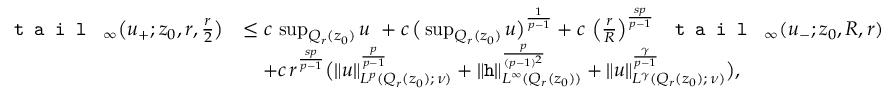
\begin{array} { r l } { \textup { \texttt { t a i l } } _ { \infty } \big ( u _ { + } ; z _ { 0 } , r , \frac { r } { 2 } \big ) } & { \le c \, \operatorname* { s u p } _ { Q _ { r } ( z _ { 0 } ) } u \ + c \, \big ( \operatorname* { s u p } _ { Q _ { r } ( z _ { 0 } ) } u \big ) ^ { \frac { 1 } { p - 1 } } + c \, \left( \frac { r } { R } \right) ^ { \frac { s p } { p - 1 } } \textup { \texttt { t a i l } } _ { \infty } ( u _ { - } ; z _ { 0 } , R , r ) } \\ & { \quad + c \, r ^ { \frac { s p } { p - 1 } } \big ( \| u \| _ { L ^ { p } ( Q _ { r } ( z _ { 0 } ) ; \, \nu ) } ^ { \frac { p } { p - 1 } } + \| \mathtt { h } \| _ { L ^ { \infty } ( Q _ { r } ( z _ { 0 } ) ) } ^ { \frac { p } { ( p - 1 ) ^ { 2 } } } + \| u \| _ { L ^ { \gamma } ( Q _ { r } ( z _ { 0 } ) ; \, \nu ) } ^ { \frac { \gamma } { p - 1 } } \big ) , } \end{array}